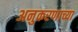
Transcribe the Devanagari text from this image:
अनुकरणाच्या